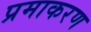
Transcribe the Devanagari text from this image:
प्रमाकरण